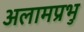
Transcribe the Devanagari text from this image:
अलामप्रभु